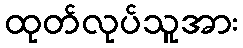
ထုတ်လုပ်သူအား